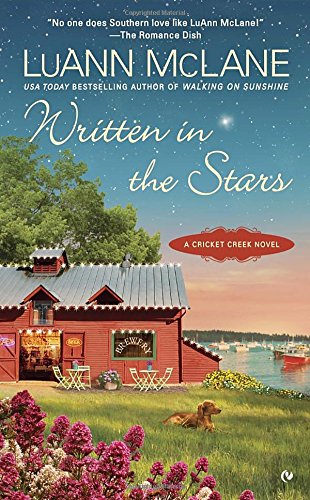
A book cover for Written in the Stars: A Cricket Creek Novel; LuAnn McLane; Romance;